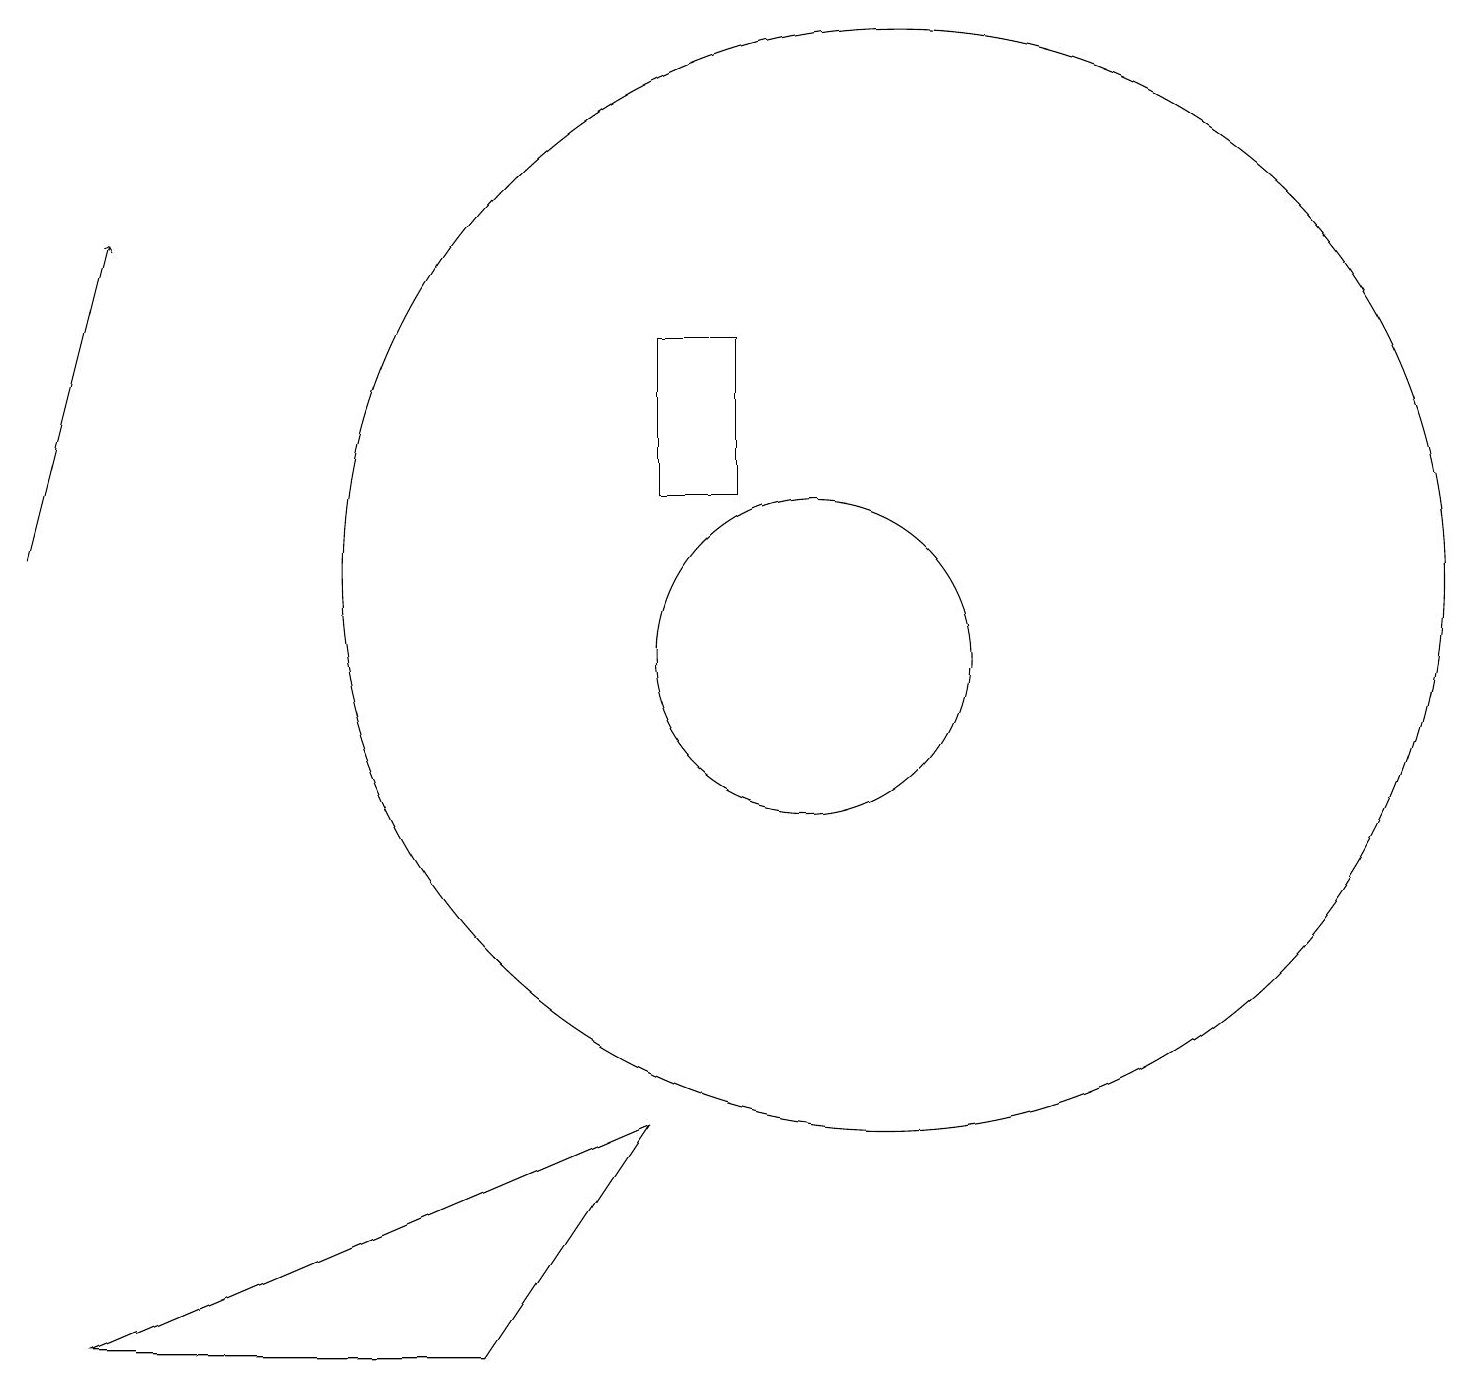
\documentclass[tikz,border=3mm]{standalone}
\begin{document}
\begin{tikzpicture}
\draw[->] (0,12) -- (1,16);
\draw (9,13) rectangle (8,15);
\draw (11,12) circle (7);
\draw (8,5) -- (6,2) -- (1,2) -- cycle;
\draw (10,11) circle (2);
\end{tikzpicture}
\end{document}